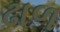
ઢાળ